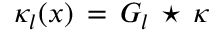
\boldsymbol { \kappa _ { l } } ( \boldsymbol { x } ) \, = \, G _ { l } \, \star \, \boldsymbol { \kappa }